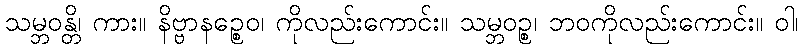
သမ္ဘဝန္တိ၊ ကား။ နိဗ္ဗာနဉ္စေဝ၊ ကိုလည်းကောင်း။ သမ္ဘဝဉ္စ၊ ဘဝကိုလည်းကောင်း။ ဝါ၊